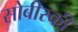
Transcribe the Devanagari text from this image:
सोबीस्की